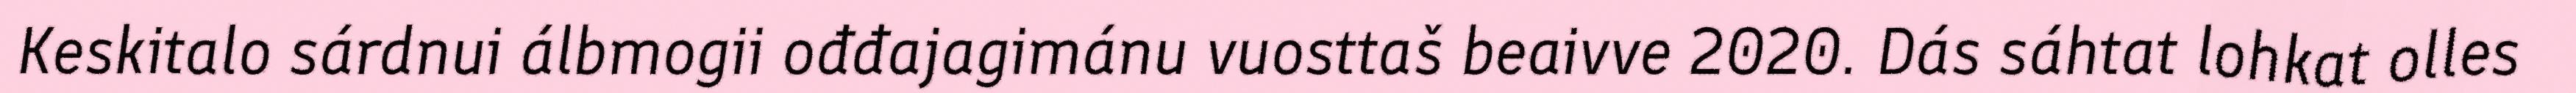
Keskitalo sárdnui álbmogii ođđajagimánu vuosttaš beaivve 2020. Dás sáhtat lohkat olles